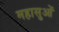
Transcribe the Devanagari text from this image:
महासुओं